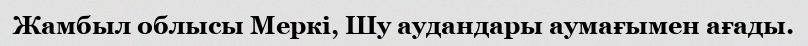
Жамбыл облысы Меркі, Шу аудандары аумағымен ағады.